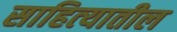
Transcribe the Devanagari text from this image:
साहित्‍यातील